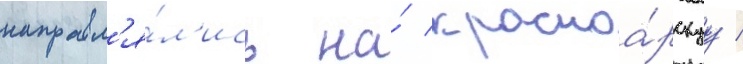
направл'я́л'ись на́ красноа́рскуу /